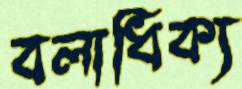
বলাধিক্য